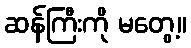
ဆန်ကြီးကို မတွေ့။